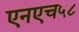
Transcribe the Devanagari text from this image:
एनएच५८